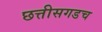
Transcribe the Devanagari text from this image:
छत्तीसगडच